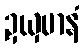
ဍယှမာနံ